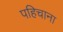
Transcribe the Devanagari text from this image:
पहिचाना